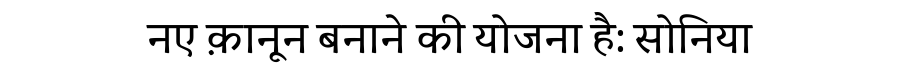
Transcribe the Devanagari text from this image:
नए क़ानून बनाने की योजना है: सोनिया